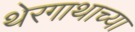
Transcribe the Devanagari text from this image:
थेरगाथाच्या